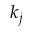
k _ { j }